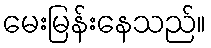
မေးမြန်းနေသည်။